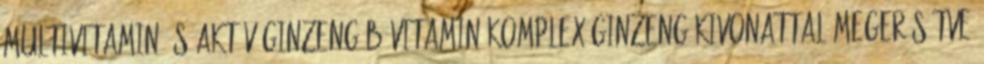
MULTIVITAMIN ÉS AKTíV GINZENG B-vitamin komplex ginzeng kivonattal megerősítve